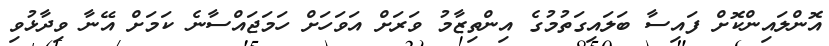
އޮންލައިންކޮށް ފައިސާ ބަލައިގަތުމުގެ އިންތިޒާމު ވަރަށް އަވަހަށް ހަމަޖައްސާނެ ކަމަށް އޭނާ ވިދާޅުވި